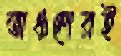
অঞ্চলেরই